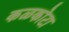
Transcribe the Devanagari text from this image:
कळकोटा